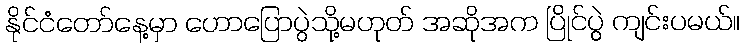
နိုင်ငံတော်နေ့မှာ ဟောပြောပွဲသို့မဟုတ် အဆိုအက ပြိုင်ပွဲ ကျင်းပမယ်။